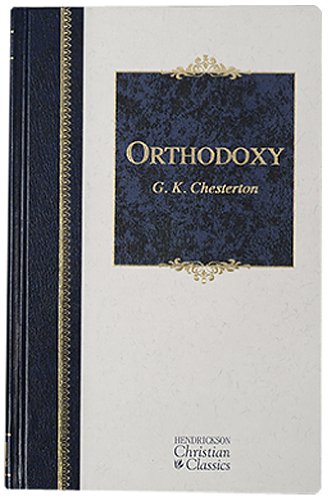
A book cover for Orthodoxy (Hendrickson Christian Classics); G. K. Chesterton; Literature & Fiction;